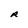
Character: R